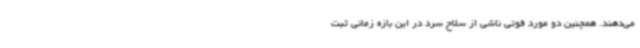
می‌دهند. همچنین دو مورد فوتی ناشی از سلاح سرد در این بازه زمانی ثبت